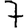
Digit: 7